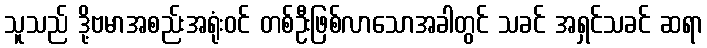
သူသည် ဒို့ဗမာအစည်းအရုံးဝင် တစ်ဦးဖြစ်လာသောအခါတွင် သခင် အရှင်သခင် ဆရာ